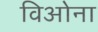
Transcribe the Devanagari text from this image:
विओना